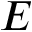
E